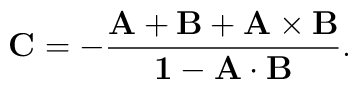
\bf{C} = - \frac{\bf{A}+\bf{B}+\bf{A}\times\bf{B}} {1-\bf{A}\cdot\bf{B}}.